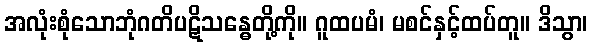
အလုံးစုံသောဘုံဂတိပဋိသန္ဓေတို့ကို။ ဂူထပမံ၊ မစင်နှင့်ထပ်တူ။ ဒိသွာ၊